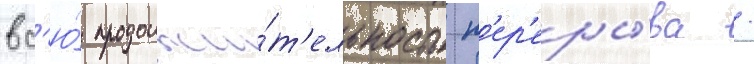
вс'ю́ продолжи́т'ельность п'ер'еры́ва /